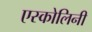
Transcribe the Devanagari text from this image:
एस्कोलिनी